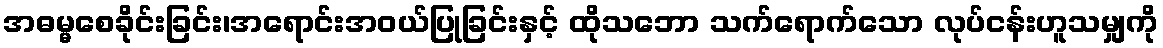
အဓမ္မစေခိုင်းခြင်း၊အရောင်းအဝယ်ပြုခြင်းနှင့် ထိုသဘော သက်ရောက်သော လုပ်ငန်းဟူသမျှကို